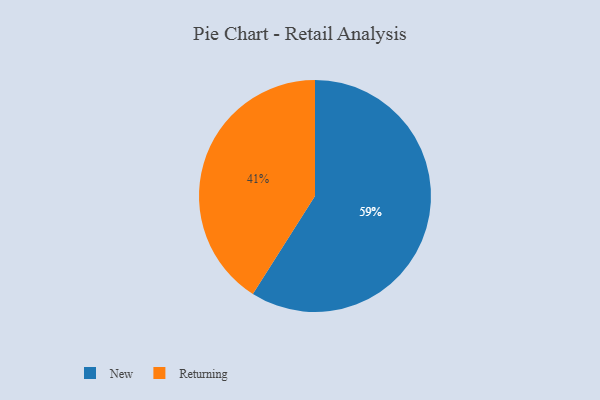
{"axis": {"x": "Category", "y": "Percentage"}, "legend": ["New", "Returning"], "data": [{"x": "New", "y": 59, "type": "New"}, {"x": "Returning", "y": 41, "type": "Returning"}]}